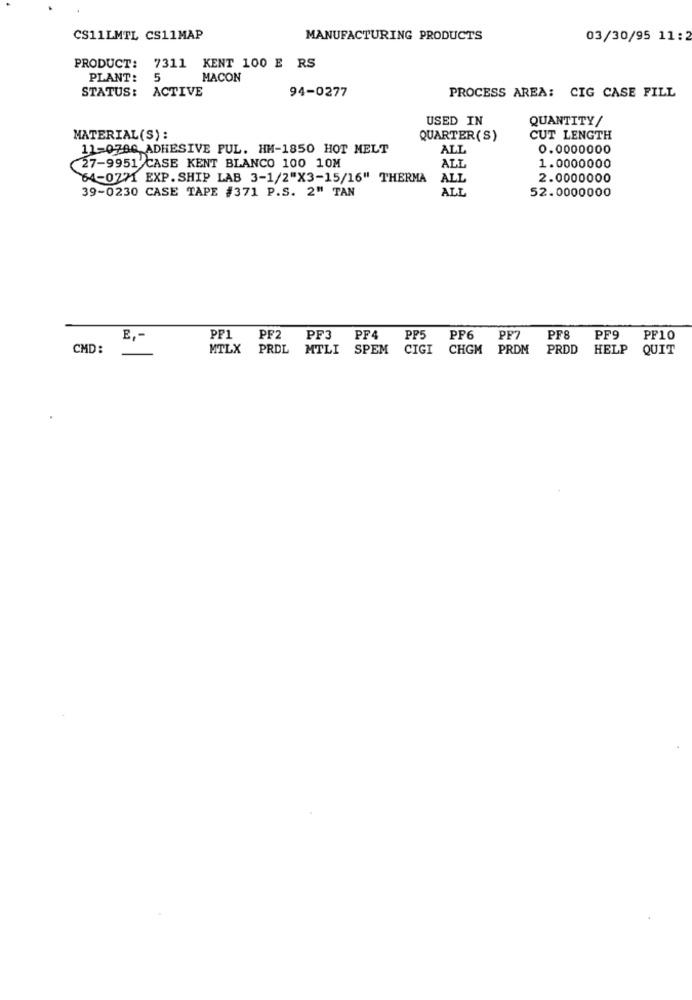
CS11LMTL CS11MAP
MANUFACTURING PRODUCTS
03/30/95 11:2
PRODUCT: 7311 KENT 100 E RS
PLANT:
5
MACON
STATUS: ACTIVE
94-0277
PROCESS AREA: CIG CASE FILL
USED IN
QUANTITY /
MATERIAL(S):
QUARTER(S)
CUT LENGTH
11-0700 ADHESIVE PUL. HM-1850 HOT MELT
ALL
0.0000000
27-9951 CASE KENT BLANCO 100 10M
ALL
1.0000000
64-0771 EXP. SHIP LAB 3-1/2"X3-15/16" THERMA
ALL
2.0000000
39-0230 CASE TAPE #371 P.S. 2" TAN
ALL
52.0000000
E ,-
PP1
PF2
PF3
PF4
PP5
PF6
PF7
PF8
PF9
PF10
CMD:
MTLX
PRDL
MTLI
SPEM
CIGI
CHGM PRDM
PRDD
HELP
QUIT